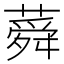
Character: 蕣